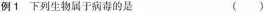
例1下列生物属于病毒的是 ()